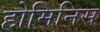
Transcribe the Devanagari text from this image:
होमिनिस